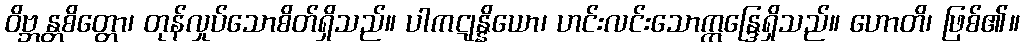
ဝိဗ္ဘန္တစိတ္တော၊ တုန်လှုပ်သောစိတ်ရှိသည်။ ပါကဋုန္နိယော၊ ဟင်းလင်းသောဣန္ဒြေရှိသည်။ ဟောတိ၊ ဖြစ်၏။